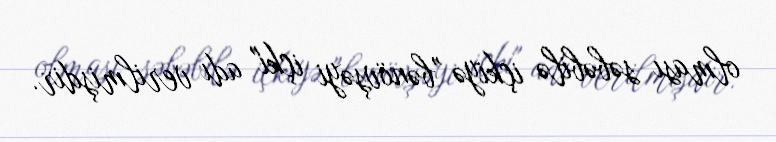
olması səbəbilə içkiyə "bənövşəyi içki" adı verilmişdir.